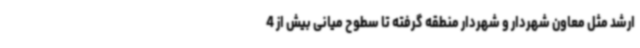
ارشد مثل معاون شهردار و شهردار منطقه گرفته تا سطوح میانی بیش از 4